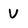
Character: V